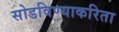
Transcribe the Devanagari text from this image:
सोडविण्‍याकरिता